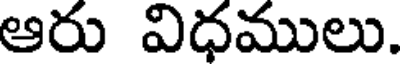
ఆరు విధములు.